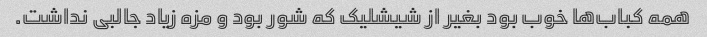
همه کباب‌ها خوب بود بغیر از شیشلیک که شور بود و مزه زیاد جالبی نداشت.